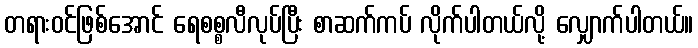
တရားဝင်ဖြစ်အောင် ရေစစ္စလီလုပ်ပြီး စာဆက်ကပ် လိုက်ပါတယ်လို့ လျှောက်ပါတယ်။